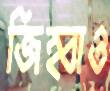
জিহ্বাও